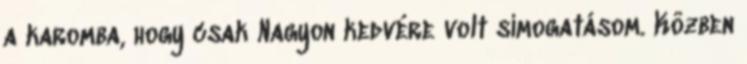
a karomba, hogy csak Nagyon kedvére volt simogatásom. Közben